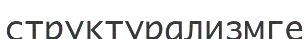
структурализмге